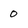
Character: 0